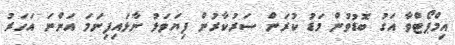
އިމްޕޯޓްވާ އަގު ބޮޑުވުން މަޑު ކުރަން ސަރުކާރުން ފިޔަވަޅު ނާޅައިފިނަމަ އަންނަ އަހަރު